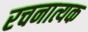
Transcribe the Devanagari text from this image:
रचनात्यक